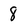
Character: 8